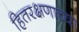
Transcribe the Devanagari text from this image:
हितरक्षणाच्या